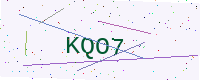
Text: KQO7